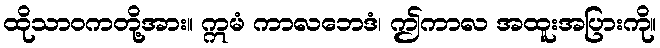
ထိုသာဝကတို့အား။ ဣမံ ကာလဘေဒံ၊ ဤကာလ အထူးအပြားကို။